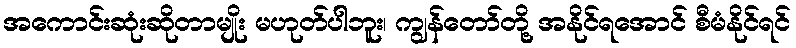
အကောင်းဆုံးဆိုတာမျိုး မဟုတ်ပါဘူး၊ ကျွန်တော်တို့ အနိုင်ရအောင် စီမံနိုင်ရင်